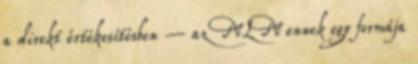
a direkt értékesítésben – az MLM ennek egy formája